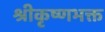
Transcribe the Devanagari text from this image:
श्रीकृष्णभक्त